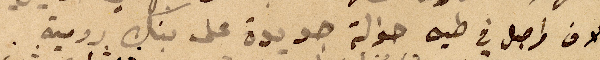
الان واصل في طيه حوالة جديدة على بنك رومية.